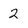
Character: 2